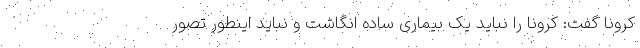
کرونا گفت: کرونا را نباید یک بیماری ساده انگاشت و نباید اینطور تصور